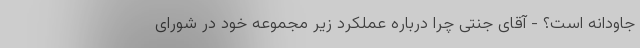
جاودانه است؟ - آقای جنتی چرا درباره عملکرد زیر مجموعه خود در شورای